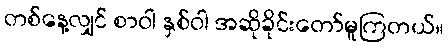
တစ်နေ့လျှင် စာဝါ နှစ်ဝါ အဆိုခိုင်းတော်မူကြတယ်။